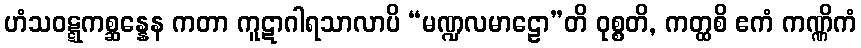
ဟံသဝဋ္ဋကစ္ဆန္နေန ကတာ ကူဋာဂါရသာလာပိ “မဏ္ဍလမာဠော”တိ ဝုစ္စတိ, ကတ္ထစိ ဧကံ ကဏ္ဏိကံ